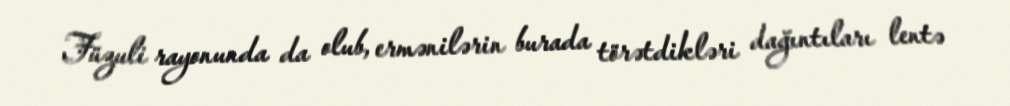
Füzuli rayonunda da olub, ermənilərin burada törətdikləri dağıntıları lentə